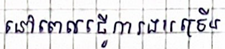
នៅពេលធ្វើការងារច្រើន